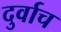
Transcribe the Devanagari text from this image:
दुर्वाच